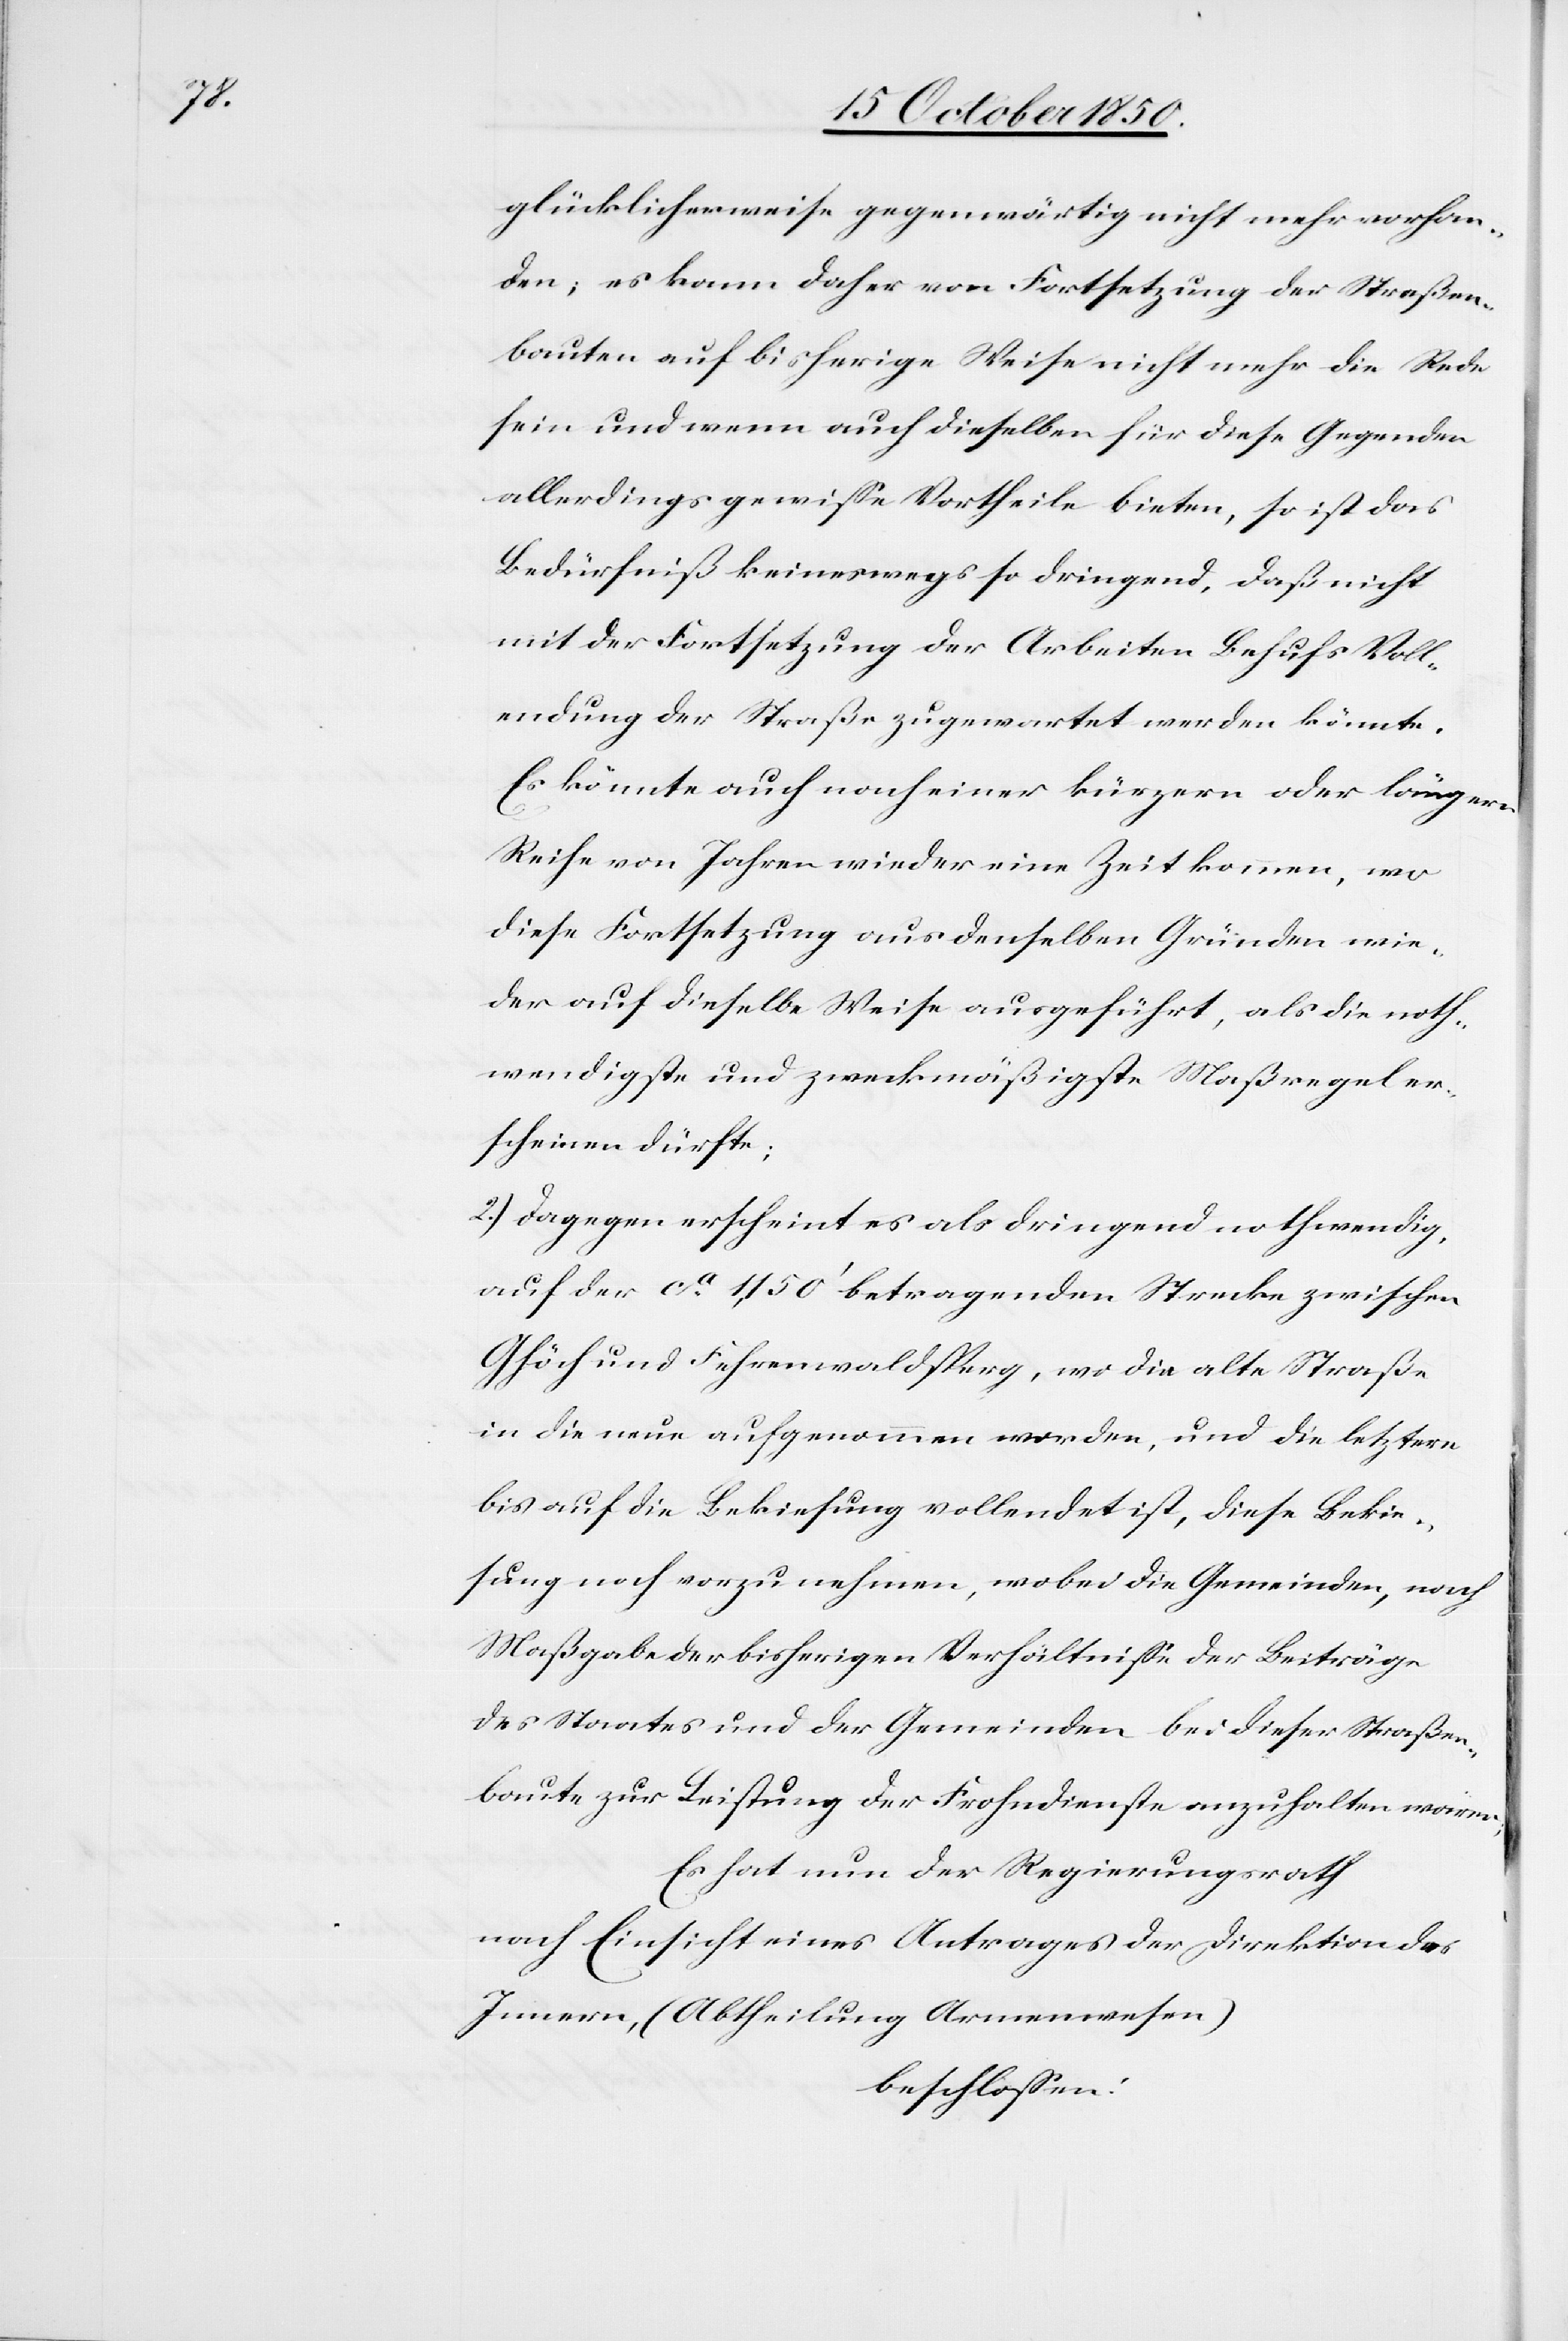
glücklicherweise gegenwärtig nicht mehr vorhan¬
den; es kann daher von Fortsetzung der Straßen¬
bauten auf bisherige Weise nicht mehr die Rede
sein und wenn auch dieselben für diese Gegenden
allerdings gewisse Vortheile bieten, so ist das
Bedürfniß keineswegs so dringend, daß nicht
mit der Fortsetzung der Arbeiten Behufs Voll¬
endung der Straße zugewartet werden könnte.
Es könnte auch nach einer kürzern oder längern
Reihe von Jahren wieder eine Zeit kommen, wo
diese Fortsetzung aus denselben Gründen wie¬
der auf dieselbe Weise ausgeführt, als die noth¬
wendigste und zweckmäßigste Maßregel er¬
scheinen dürfte;
2.) Dagegen erscheint es als dringend nothwendig,
auf der ca 1,150‘ betragenden Strecke zwischen
Ghöch und Fehrenwaldsperg, wo die alte Straße
in die neue aufgenommen worden, und die letztere
bis auf die Bekiesung vollendet ist, diese Bekie¬
sung noch vorzunehmen, wobei die Gemeinden, nach
Maßgabe der bisherigen Verhältnisse der Beiträge
des Staates und der Gemeinden bei dieser Straßen¬
baute zur Leistung der Frohndienste anzuhalten wären;
Es hat nun der Regierungsrath
nach Einsicht eines Antrages der Direktion des
Innern, (Abtheilung Armenwesen)
beschlossen: